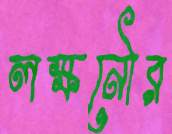
লক্ষনৌর